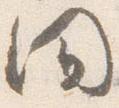
間